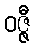
ဝဇ္ဇီ